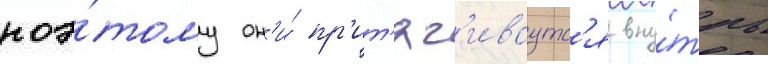
поэ́тому он'и́ пр'ит'яг'иваутс'я вну́трь